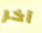
آخر